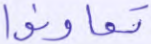
تعاونوا